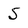
Character: 5